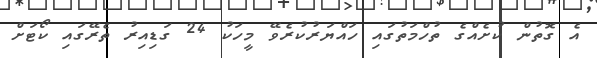
އެ ގޮތުން ކުށެއްގެ ތުހްމަތުގައި ހައްޔަރުކުރެވޭ މީހަކު 24 ގަޑިއިރު ތެރޭގައި ކޯޓަށް